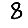
Digit: 8